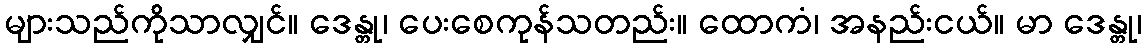
များသည်ကိုသာလျှင်။ ဒေန္တု၊ ပေးစေကုန်သတည်း။ ထောကံ၊ အနည်းငယ်။ မာ ဒေန္တု၊